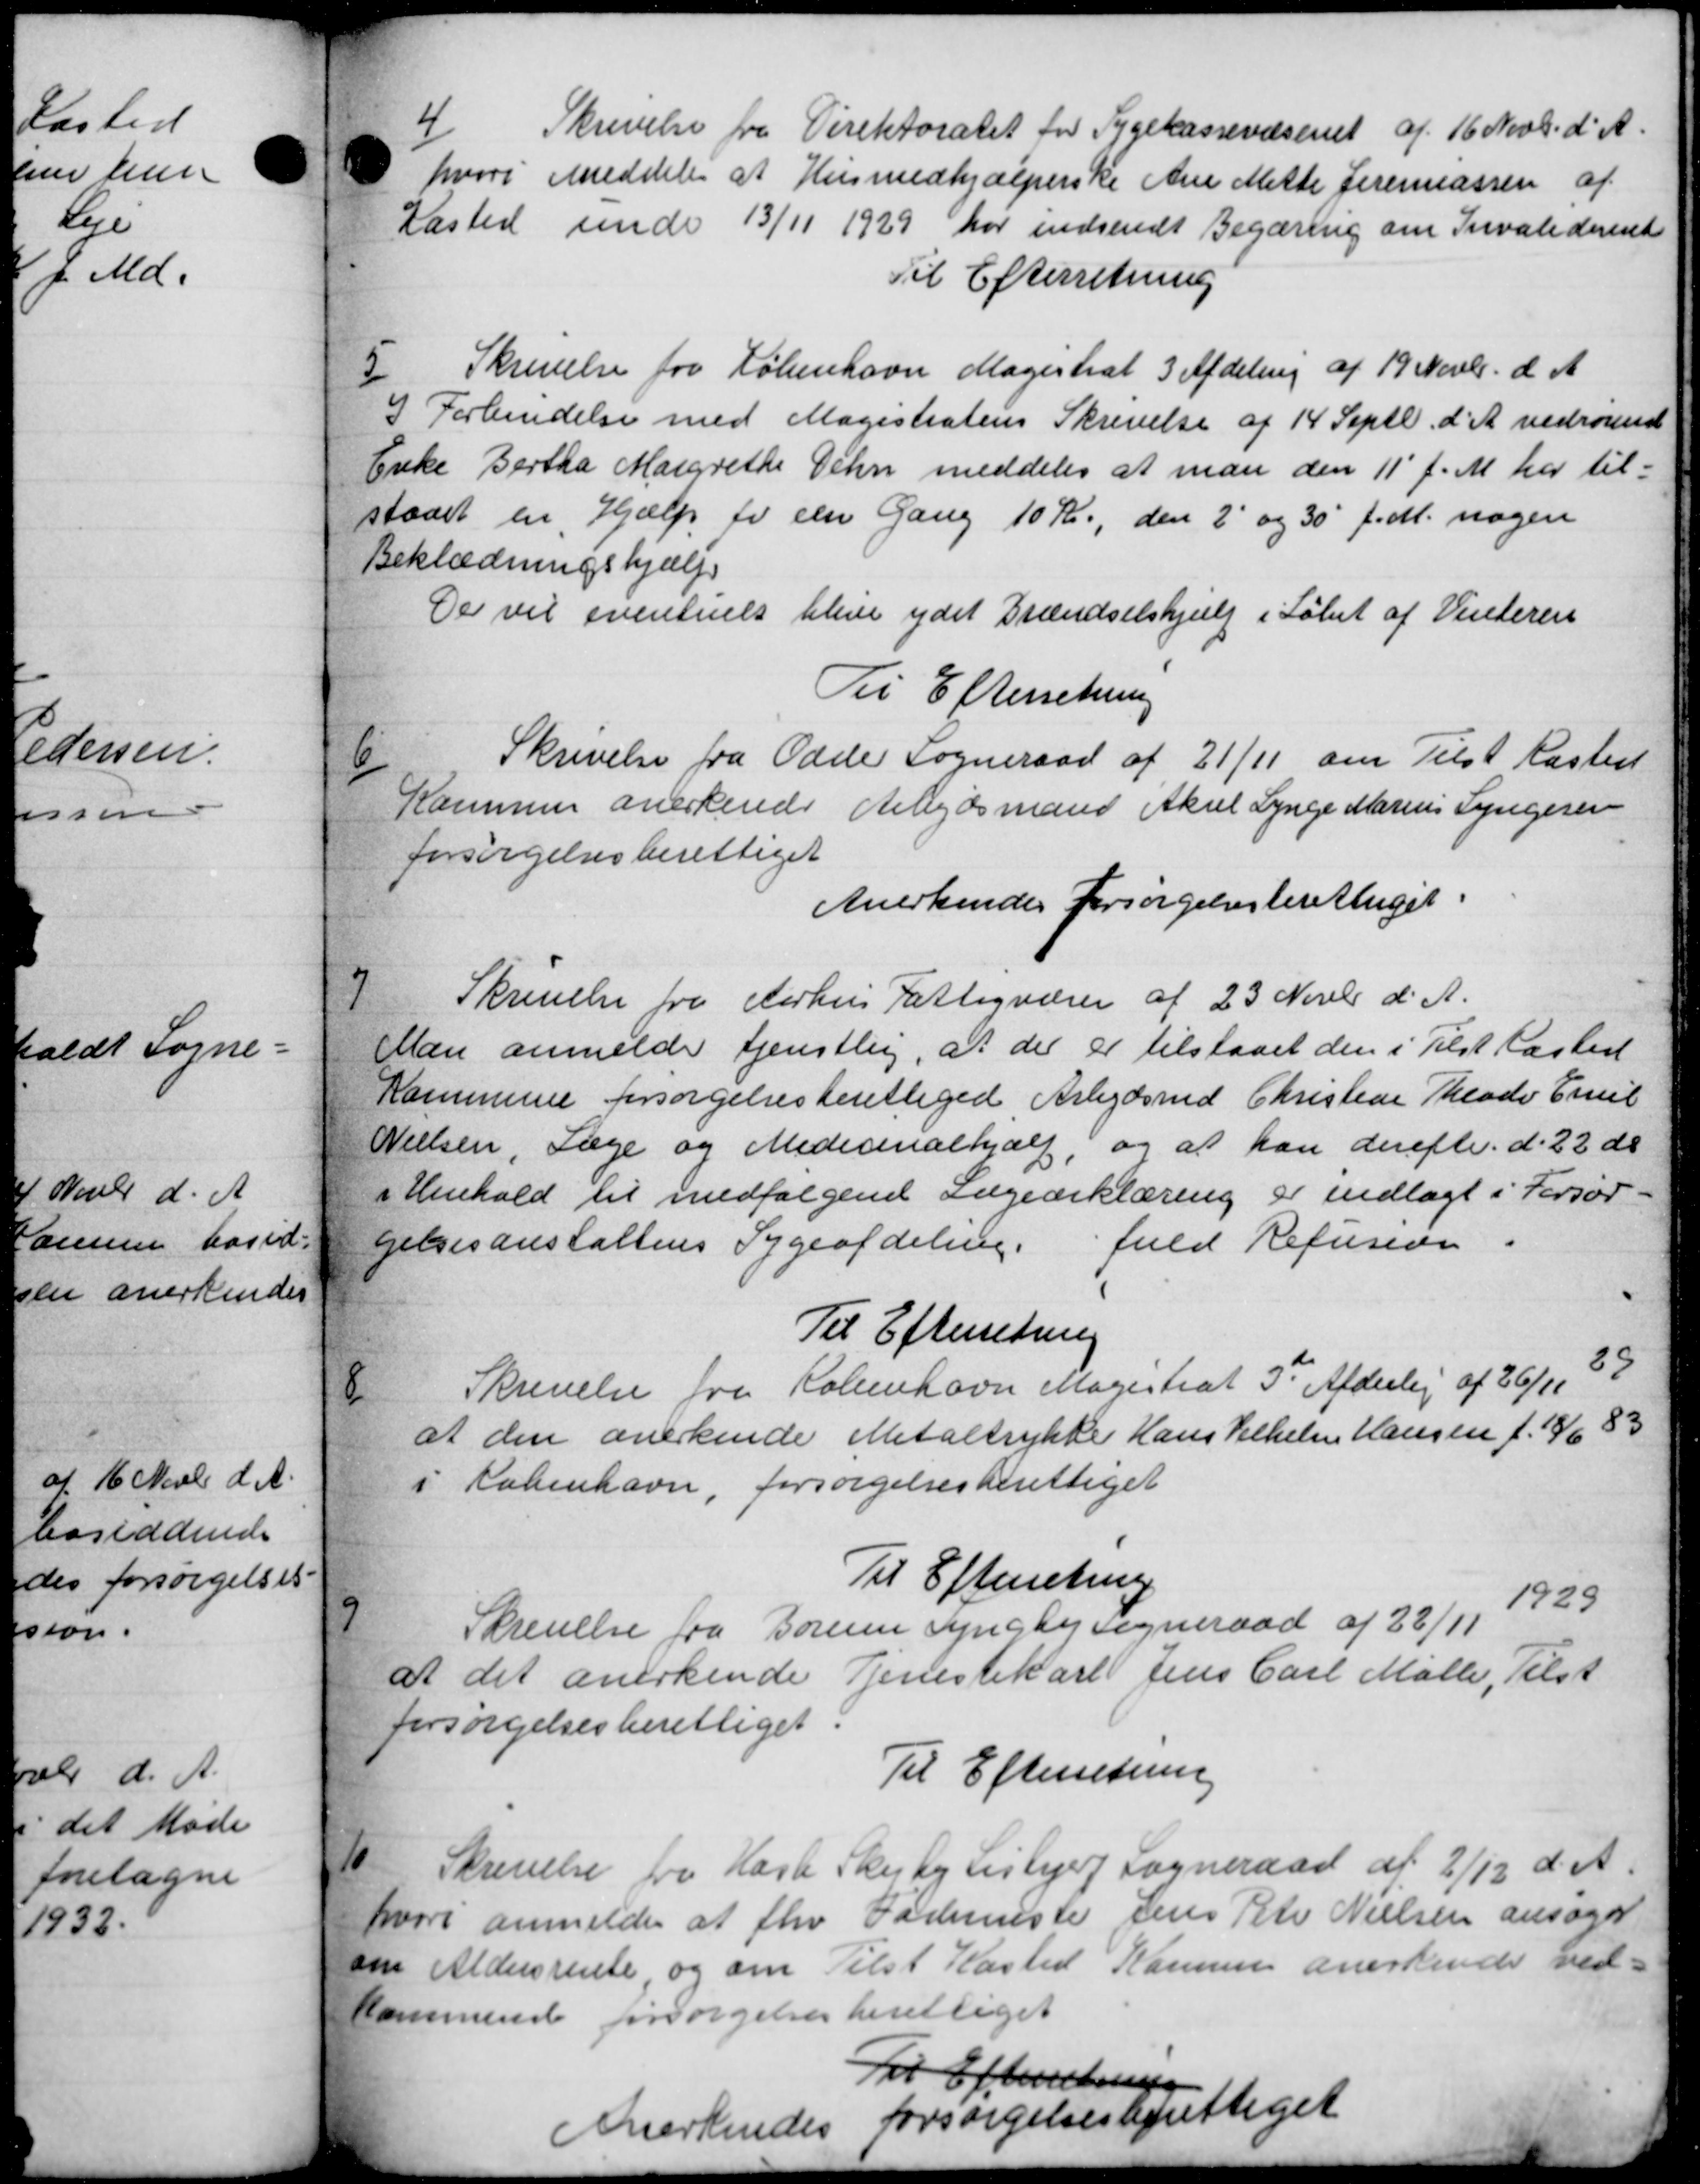
Transskription:
4
Skrivelse fra Direktoratet for Sygekassevæsenet af 16 Novb. d. A.
 hvori meddele at Husmedhjælpenske Ane Mette Jeremassen af
Kasted unde 13/11 1929 har indsendt Begæring om Invaliderente
Til Efterretning
5
Skrivelse for København Magistrat 3 Afdeling af 19 Novbr. d. A
I Forbindelse med Magistratens Skrivelse af 14 Septb. d. A. vedrørende
Enke Bertha Margrethe Dehn meddeles at man den 11´ f. M. har til-
staaet en Hjælp for een Gang 10 Kr., den 2 og 30' f.M. nogen
Beklædningshjælp
Der vil eventuels blive ydet Brændselshjælp i Løbet af Vinteren
Til Efterretning
Skrivelse fra Odele Sogneraad af 21/11 om Tilst Kasted
6/
Kommune anerkende Arbejdsmand Aksel Lynge Marius Lyngeren
forsørgelsesberettiget
Anerkendes forsørgelsesberettiget.
7
Skrivelse fra Aarhus Fattigvæsen af 23 Novbr. d. A.
Man anmelde tjenstlig, at der er tilstaaet den i Tilst Kasted
Kommune forsørgelsesberettigede Arbejdsmd Christian Theodor Emil
Nielsen, Læge og Medicinalhjælp, og at han derefter d. 22 ds
i Henhold til medfølgende Lægeerklæring er indlagt i Forsør-
gelsesanstaltens Sygeafdeling. fuld Refusion
Til Efterretning

Skrivelse fra København Magistrat 3de Afdelig af 26/1, 39
at den anerkende Metaltrykke Hans Vilhelm Hansen f. 18/6 83
i København, forsørgelsesberettiget
Til Efterretning
1929

Skrivelse fra Borum Lyngby Sogneraad af 22/11
Aist
at det anerkende Tjenestekarl Jens Carl Møller,
forsørgelsesberettiget.
Til Efterretning
10
Skrivelse fra Hasle Skejby Lisbjerg Sogneraad af 2/12 d. A.
hvori anmeldes at fhv Fødemeste Jens Pete Nielsen ansøger
om Aldersrente og om Tilst Hasted Kammen anerkende ved-
kommende forsørgelsesberettiget
Til Efterretning
Anerkendes forsørgelsesberettiget